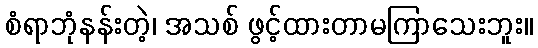
စံရာဘုံနန်းတဲ့၊ အသစ် ဖွင့်ထားတာမကြာသေးဘူး။